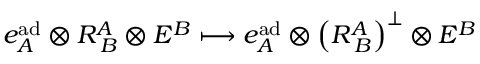
e _ { A } ^ { \mathrm { a d } } \otimes R _ { \; B } ^ { A } \otimes E ^ { B } \longmapsto e _ { A } ^ { \mathrm { a d } } \otimes \left( R _ { \; B } ^ { A } \right) ^ { \perp } \otimes E ^ { B }